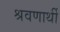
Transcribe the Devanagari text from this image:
श्रवणार्थी